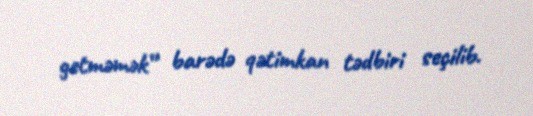
getməmək” barədə qətimkan tədbiri seçilib.